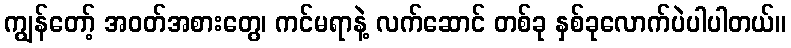
ကျွန်တော့် အဝတ်အစားတွေ၊ ကင်မရာနဲ့ လက်ဆောင် တစ်ခု နှစ်ခုလောက်ပဲပါပါတယ်။